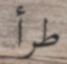
طرأ